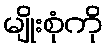
မျိုးစုံကို